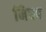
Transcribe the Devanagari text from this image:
निधप